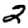
Digit: 2